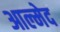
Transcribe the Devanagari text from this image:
आल्मेद